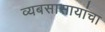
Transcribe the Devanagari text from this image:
व्यबसासायांचा